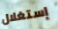
إستغلال